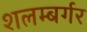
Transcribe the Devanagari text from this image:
शलम्बर्गर